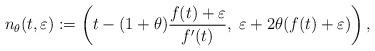
LaTeX: \begin{align*} \displaystyle n_{\theta}(t,\varepsilon): =\left(t-(1+\theta)\frac{f(t)+\varepsilon}{f'(t)},\;\varepsilon+ 2\theta(f(t)+\varepsilon)\right), \end{align*}